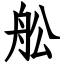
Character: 舩